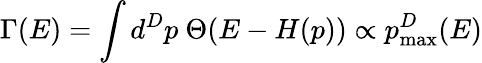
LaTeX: \Gamma(E)=\int d^{D}p\ \Theta(E-H(p))\propto p_{\mathrm{max}}^{D}(E)